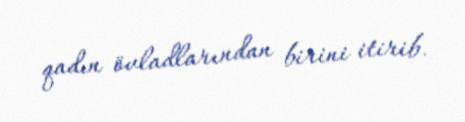
qadın övladlarından birini itirib.